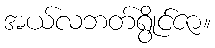
အယ်လဘတ်ရွိုင်ဇာ။